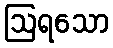
ဩရသော